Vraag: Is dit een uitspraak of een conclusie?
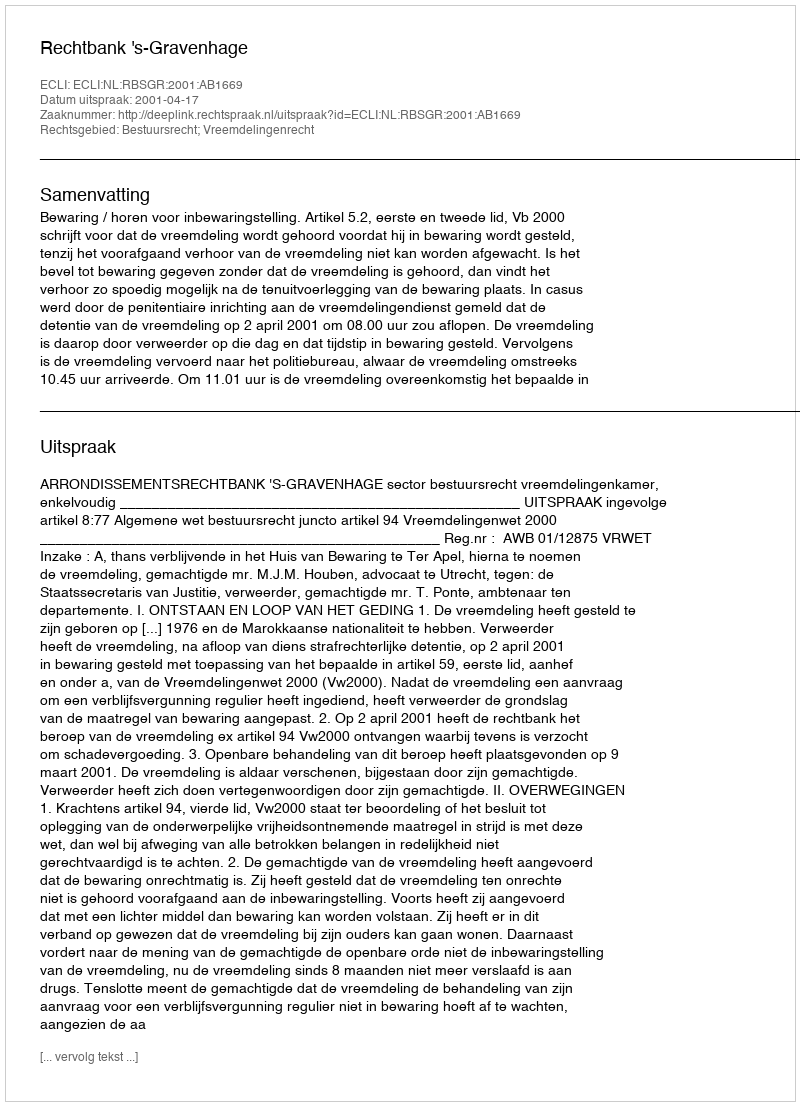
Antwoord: Uitspraak